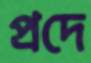
প্রদে